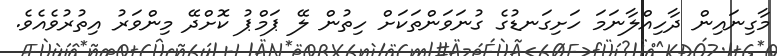
މާގިނައިން ދާހިއްލާނަމަ ހަށިގަނޑުގެ ގުނަވަންތަކަށް ހިތުން ލޭ ޕަމްޕު ކޮށްދޭ މިންވަރު އިތުރުވެއެވެ.